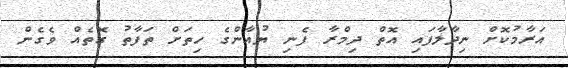
އަރާމުކޮށް ނިދާލާފައި އޮތް ދިމްރާ ފެނި ޔުއާންގެ ހިތަށް ތަފާތު ގޮތެއް ވެގެން